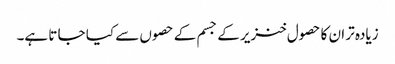
زیادہ تر ان کا حصول خنزیر کے جسم کے حصوں سے کیا جا تا ہے۔